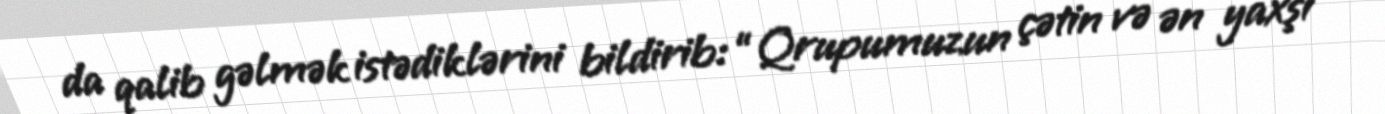
da qalib gəlmək istədiklərini bildirib: “Qrupumuzun çətin və ən yaxşı